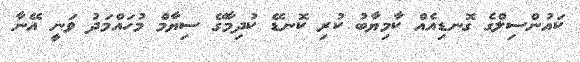
ކައުންސިލްގެ ގޮނޑިއެއް ކާމިޔާބު ކުރި ކޮނޑޭ ކުދިމާގޭ ސިޔާމް މުހައްމަދު ވަނީ އޭނާ